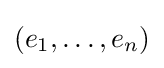
(e_{1},\ldots ,e_{n})